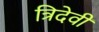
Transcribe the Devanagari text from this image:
त्रिदेवी